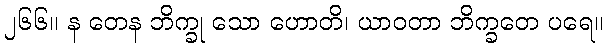
၂၆၆။ န တေန ဘိက္ခု သော ဟောတိ၊ ယာဝတာ ဘိက္ခတေ ပရေ။